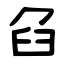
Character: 臽